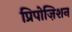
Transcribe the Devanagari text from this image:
प्रिपोज़िशन